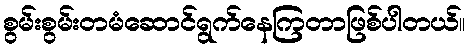
စွမ်းစွမ်းတမံဆောင်ရွက်နေကြတာဖြစ်ပါတယ်။